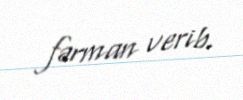
fərman verib.